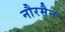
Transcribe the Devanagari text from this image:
नौरमैन